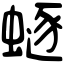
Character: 𧏿